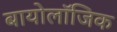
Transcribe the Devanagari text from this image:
बायोलॉजिक